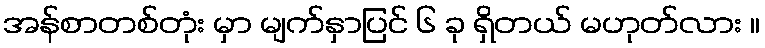
အန်စာတစ်တုံး မှာ မျက်နှာပြင် ၆ ခု ရှိတယ် မဟုတ်လား ။